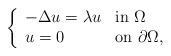
LaTeX: \begin{align*}\left\{\begin{array}{ll}-\Delta u=\lambda u & \mbox{in } \Omega\\u=0 & \mbox{on } \partial\Omega,\end{array}\right.\end{align*}